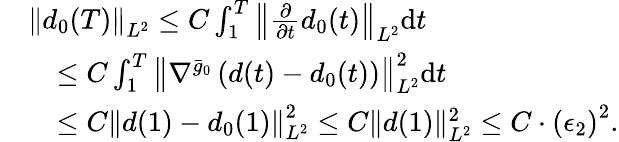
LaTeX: \begin{array}{rl}&{\left\| d_{0}(T)\right\| _{L^{2}}\leq C\int_{1}^{T}\left\| \frac{\partial}{\partial t}d_{0}(t)\right\| _{L^{2}}\mathrm{d}t}\\ &{\quad\leq C\int_{1}^{T}\left\| \nabla^{\bar{g}_{0}}\left(d(t)-d_{0}(t)\right)\right\| _{L^{2}}^{2}\mathrm{d}t}\\ &{\quad\leq C\left\| d(1)-d_{0}(1)\right\| _{L^{2}}^{2}\leq C\| d(1)\| _{L^{2}}^{2}\leq C\cdot\left(\epsilon_{2}\right)^{2}.}\end{array}